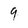
Character: 9